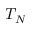
T _ { N }